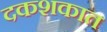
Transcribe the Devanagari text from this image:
दकशकात